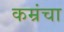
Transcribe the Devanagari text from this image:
कम्रंचा